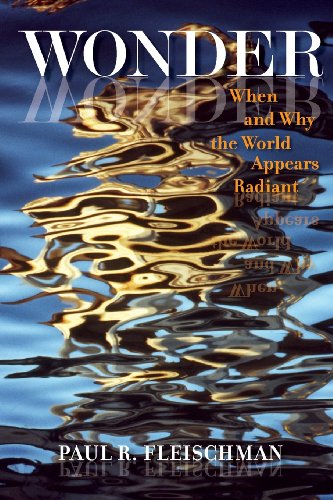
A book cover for Wonder: When and Why the World Appears Radiant; Paul R. Fleischman; Science & Math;